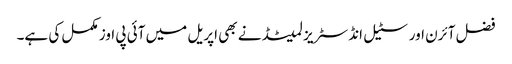
فضل آئرن اور سٹیل انڈسٹریز لمیٹڈ نے بھی اپریل میں آئی پی اوز مکمل کی ہے۔